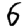
Digit: 6